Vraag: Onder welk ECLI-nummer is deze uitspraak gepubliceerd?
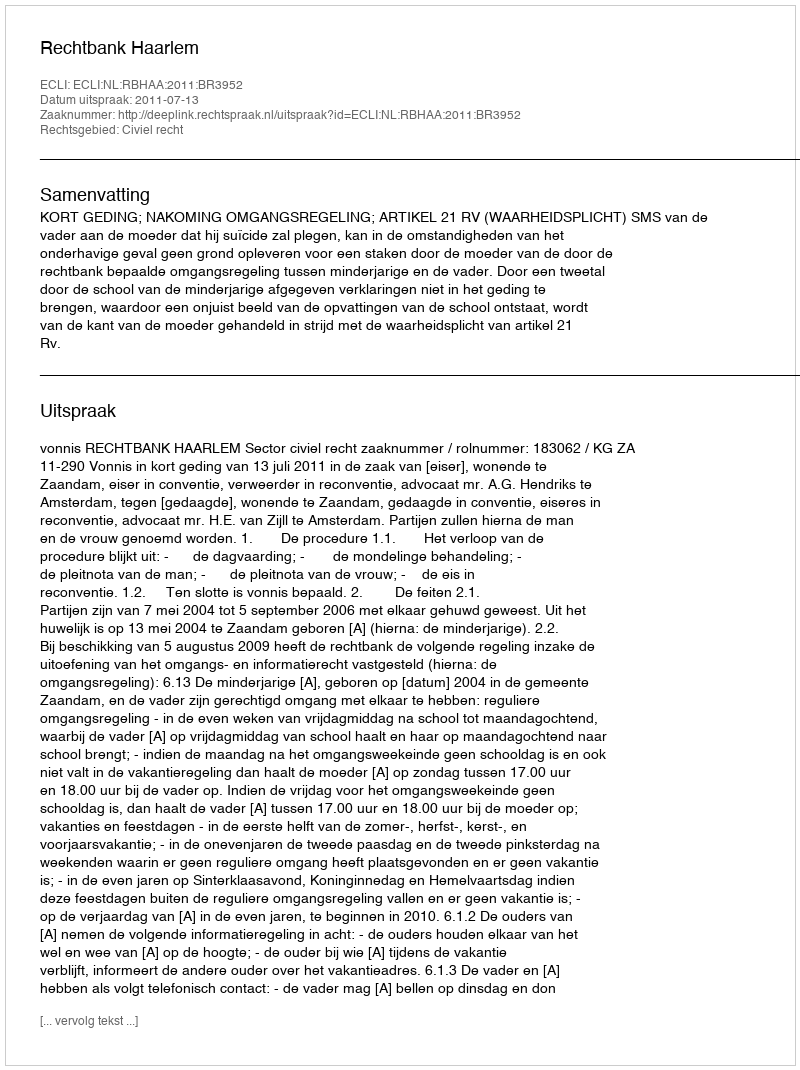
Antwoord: ECLI:NL:RBHAA:2011:BR3952